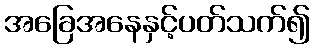
အခြေအနေနှင့်ပတ်သက်၍